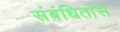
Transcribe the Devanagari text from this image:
संबंधितांस